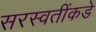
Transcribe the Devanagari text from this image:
सरस्वतींकडे